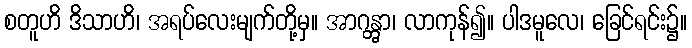
စတူဟိ ဒိသာဟိ၊ အရပ်လေးမျက်တို့မှ။ အာဂန္တွာ၊ လာကုန်၍။ ပါဒမူလေ၊ ခြေင်ရင်း၌။